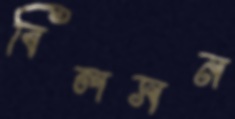
বিলসন